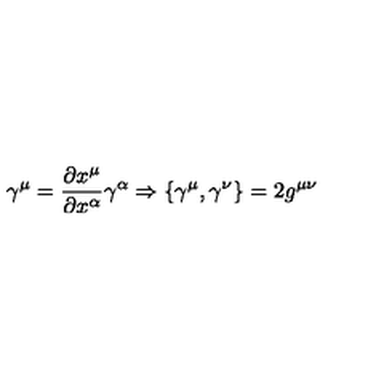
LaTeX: \gamma ^ { \mu } = \frac { \partial x ^ { \mu } } { \partial x ^ { \alpha } } \gamma ^ { \alpha } \Rightarrow \{ \gamma ^ { \mu } , \gamma ^ { \nu } \} = 2 g ^ { \mu \nu }